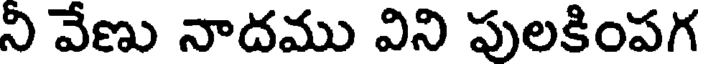
ని వేణు నాదము విని పులకింపగ